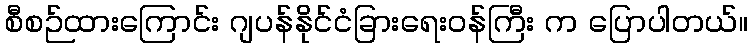
စီစဉ်ထားကြောင်း ဂျပန်နိုင်ငံခြားရေးဝန်ကြီး က ပြောပါတယ်။